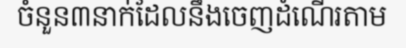
ចំនួន៣នាក់ដែលនឹងចេញដំណើរតាម